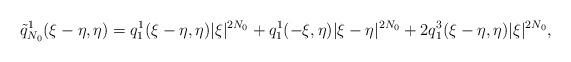
LaTeX: \begin{align*}\tilde{q}_{N_0}^1(\xi-\eta, \eta)= q_1^1(\xi-\eta, \eta) |\xi|^{2N_0} + q_1^1(-\xi, \eta)|\xi-\eta|^{2N_0}+ 2 q_1^3(\xi-\eta,\eta) |\xi|^{2N_0},\end{align*}